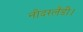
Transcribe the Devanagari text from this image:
नीदरलैंडी।